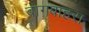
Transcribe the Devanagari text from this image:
बागबाहरा